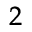
^ 2